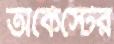
অর্কেস্টের